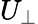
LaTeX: U_{\perp}